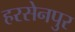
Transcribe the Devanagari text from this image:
हरसेनपुर